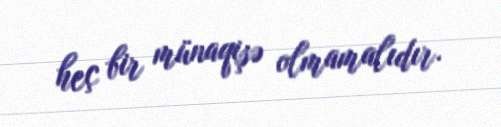
heç bir münaqişə olmamalıdır.